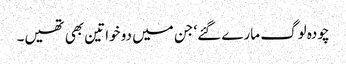
چودہ لوگ مارے گئے‘ جن میں دو خواتین بھی تھیں۔